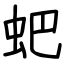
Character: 蚆